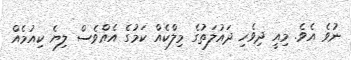
ނުވެ އެވެ. މިއީ ދިވެހި ދައުލަތުގެ މިލްކެއް ކަމުގެ އެއްވެސް ލިޔެ ކިއުމެއް